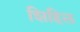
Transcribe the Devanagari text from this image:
शिहिल